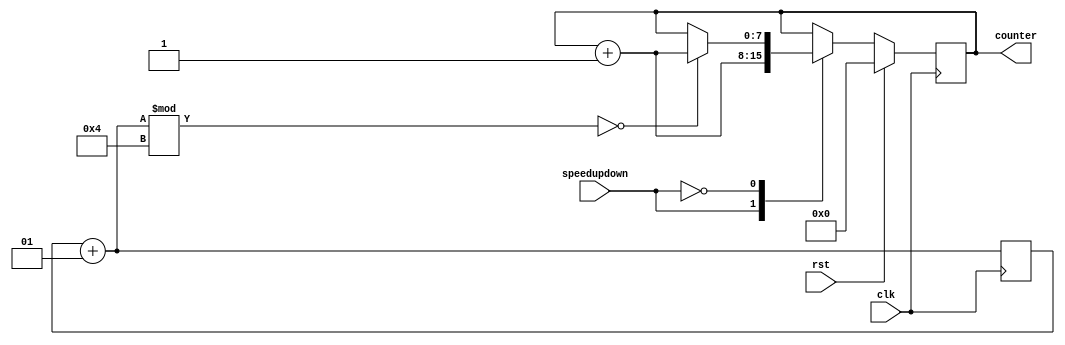
`timescale 1ns / 1ps

module hw1_q3(
    input clk, rst, 
    input speedupdown, 
    output reg [7:0] counter
    );
    integer divcounter = 0;
    
always @(posedge clk)begin
    divcounter = divcounter+1;
    if (rst)
        counter <= 8'b0;
    else begin
        case (speedupdown)
            1'b1:begin
                counter <= counter + 8'b1;
            end
            1'b0:begin
                if(divcounter % 4 == 0)
                    counter <= counter + 8'b1;
            end
        endcase   
    end       
end

endmodule